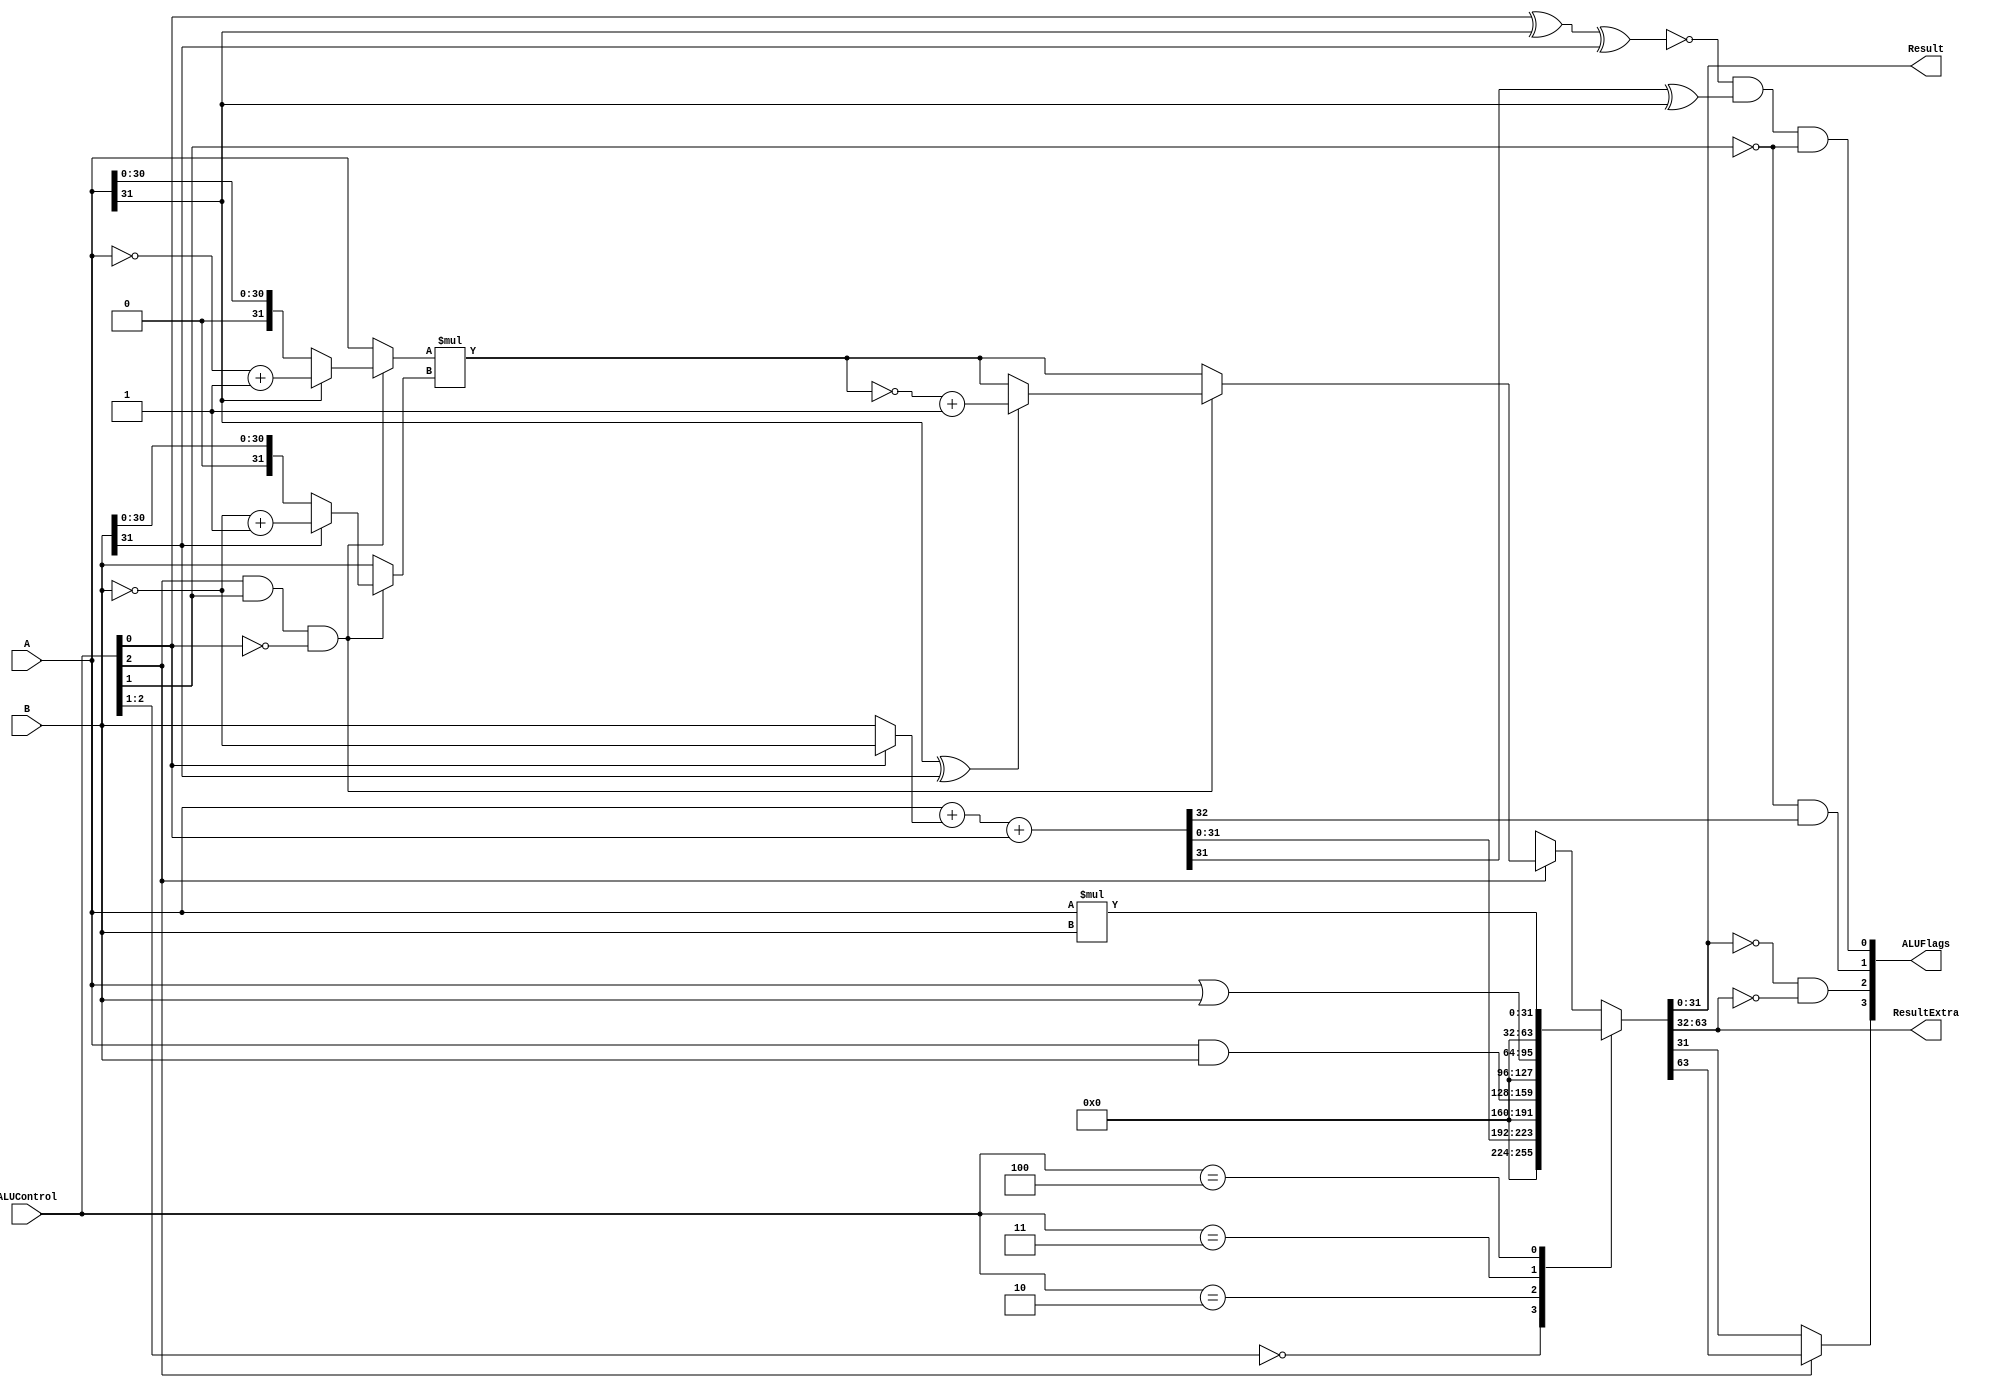
module alu (
	input [2:0] ALUControl, input [31:0] A, input [31:0] B,  // Declaration ofinputs and ALUControl signal, A & B support 32 bits
	output [3:0] ALUFlags, output reg [31:0] Result, output reg [31:0] ResultExtra // Declaration of module outputs 
);
	wire [31:0] mux2_1; // Wire to hold the output of the mux2:1 
	wire [32:0] Sum; // Wire that will hold the sum of A and B if it is required
	wire Overflow, Carry,Negative, Zero; // Wires that hold each ALU Flag
    wire [63:0] Product;
	wire [31:0] FactorA, FactorB;

	assign mux2_1 = (ALUControl[0]==0)? B: ~B; // MUX 2:1 simplification using the conditional operator
	assign Sum = A+mux2_1+ALUControl[0]; // Definition of the ADDER module
	
	assign FactorA = (ALUControl[2]&ALUControl[1]&~ALUControl[0])?(A[31]?~A+1:A):A;
	assign FactorB = (ALUControl[2]&ALUControl[1]&~ALUControl[0])?(B[31]?~B+1:B):B;

	assign Product = (ALUControl[2]&ALUControl[1]&~ALUControl[0])?((A[31]^B[31])?~(FactorA*FactorB)+1:FactorA*FactorB):FactorA*FactorB;
	// MUX 4:1 simplification using the CASE keyword & syntax
	always @(*) begin
		casex (ALUControl)
			3'b00?: {ResultExtra, Result} = {32'b0, Sum[31:0]}; // ALUControl signal 00/01 means ADD and SUB, so either way A and B will be added
			3'b010: {ResultExtra, Result} = {32'b0 , A & B}; // ALUControl signal 10 means AND
			3'b011: {ResultExtra, Result} = {32'b0, A | B}; // ALUControl signal 01 means OR
			3'b100: {ResultExtra, Result} = {32'b0, A * B}; 
            //MUL: 100
            //SMULL: 110
            //UMULL: 111
            3'b1??: {ResultExtra, Result} = Product;
		endcase
	end

  	assign Overflow = ~(ALUControl[0]^A[31]^B[31]) & (Sum[31]^A[31]) & ~ALUControl[1]; // Overflow flag wire
	assign Zero = (32'b0 == Result) & (32'b0 == ResultExtra); // If every bit is 0, then the zero result flag will activate
	assign Negative = ALUControl[2] ? ResultExtra[31] : Result[31]; // If the first bit from the left is 1,  the result will be negative
	assign Carry = ~ALUControl[1] & Sum[32]; // Carry will be 1 if the ALUControl signal is addition or subtraction and if the 1st bit from the left bit is 1
	assign ALUFlags = {Negative, Zero, Carry, Overflow}; // We group each bit-flag to the ALUFlags output    

endmodule